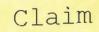
Claim